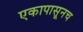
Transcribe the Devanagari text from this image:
एकापासूनच